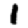
Digit: 1